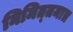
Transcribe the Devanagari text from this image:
निमित्‍तमात्र